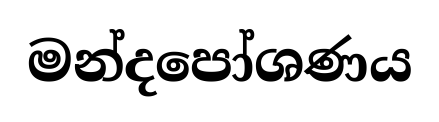
මන්දපෝශණය